Vaccination Hyderabad 1872-1889 - 1872-1889
Year: 1872
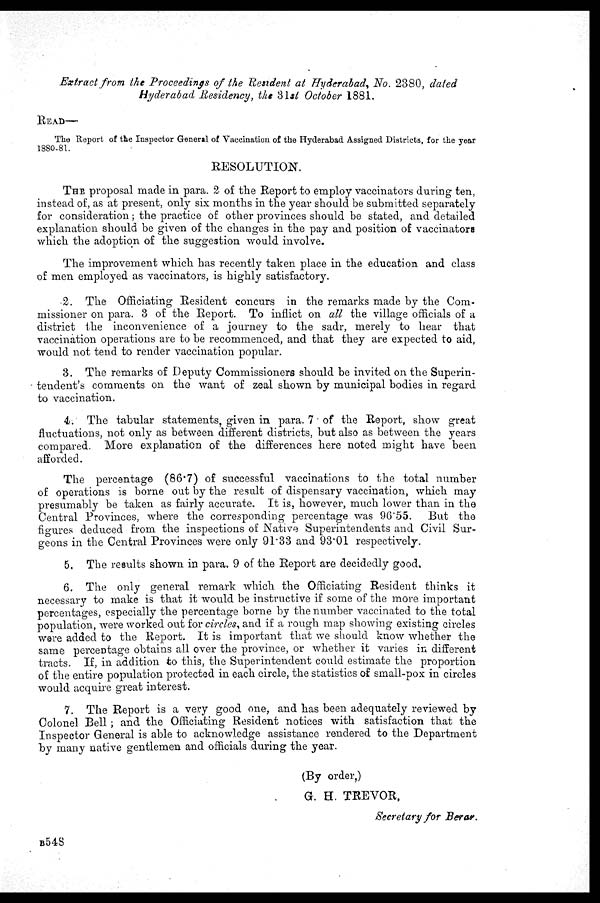
Extract from the Proceedings of the Resident at Hyderabad, No. 2380, dated
Hyderabad Residency, the 31st October 1881.
READ—
The Report of the Inspector General of Vaccination of the Hyderabad Assigned Districts, for the year
1880-81.
RESOLUTION.
THE proposal made in para. 2 of the Report to employ vaccinators during ten,
instead of, as at present, only six months in the year should be submitted separately
for consideration; the practice of other provinces should be stated, and detailed
explanation should be given of the changes in the pay and position of vaccinators
which the adoption of the suggestion would involve.
The improvement which has recently taken place in the education and class
of men employed as vaccinators, is highly satisfactory.
2. The Officiating Resident concurs in the remarks made by the Com-
missioner on para. 3 of the Report. To inflict on all the village officials of a
district the inconvenience of a journey to the sadr, merely to hear that
vaccination operations are to be recommenced, and that they are expected to aid,
would not tend to render vaccination popular.
3. The remarks of Deputy Commissioners should be invited on the Superin-
tendent's comments on the want of zeal shown by municipal bodies in regard
to vaccination.
4. The tabular statements, given in para. 7 of the Report, show great
fluctuations, not only as between different districts, but also as between the years
compared. More explanation of the differences here noted might have been
afforded.
The percentage (86.7) of successful vaccinations to the total number
of operations is borne out by the result of dispensary vaccination, which may
presumably be taken as fairly accurate. It is, however, much lower than in the
Central Provinces, where the corresponding percentage was 96.55. But the
figures deduced from the inspections of Native Superintendents and Civil Sur-
geons in the Central Provinces were only 91.33 and 93.01 respectively.
5. The results shown in para. 9 of the Report are decidedly good,
6. The only general remark which the Officiating Resident thinks it
necessary to make is that it would be instructive if some of the more important
percentages, especially the percentage borne by the number vaccinated to the total
population, were worked out for circles, and if a rough map showing existing circles
were added to the Report. It is important that we should know whether the
same percentage obtains all over the province, or whether it varies in different
tracts. If, in addition to this, the Superintendent could estimate the proportion
of the entire population protected in each circle, the statistics of small-pox in circles
would acquire great interest.
7. The Report is a very good one, and has been adequately reviewed by
Colonel Bell; and the Officiating Resident notices with satisfaction that the
Inspector General is able to acknowledge assistance rendered to the Department
by many native gentlemen and officials during the year.
(By order,)
G. H. TREVOR,
Secretary for Berar.
B548